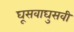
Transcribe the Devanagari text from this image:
घूसवाघुसवी